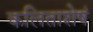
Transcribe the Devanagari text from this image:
कलिताशेषं